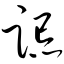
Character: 跽